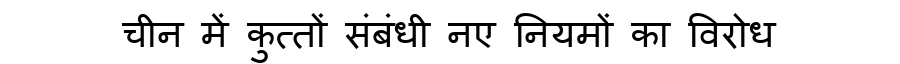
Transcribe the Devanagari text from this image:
चीन में कुत्तों संबंधी नए नियमों का विरोध